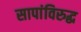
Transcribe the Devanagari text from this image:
सापांविरुद्ध